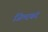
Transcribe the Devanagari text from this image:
जिल्दबंद